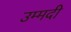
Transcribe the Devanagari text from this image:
उम्मदी